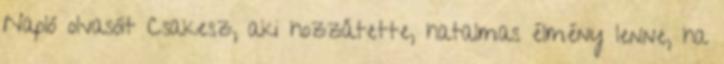
Napló olvasóit Csakesz, aki hozzátette, hatalmas élmény lenne, ha